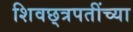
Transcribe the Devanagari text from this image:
शिवछ्त्रपतींच्या